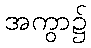
အကွာ၌